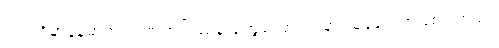
လက်ရှိမှာနေမာဟာ ဒဏ်ရာပြဿနာတွေကြောင့်အနားယူနေရတာဖြစ်ပါတယ်။